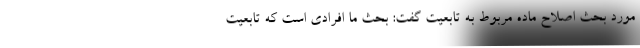
مورد بحث اصلاح ماده مربوط به تابعیت گفت: بحث ما افرادی است که تابعیت